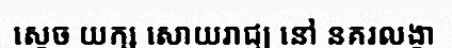
ស្តេច យក្ស សោយរាជ្យ នៅ នគរលង្កា